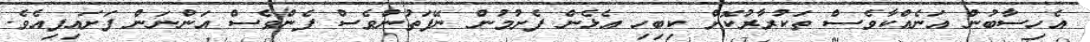
އެހިސާބުން އަނެއްކާވެސް ތަކުރާރުކޮށް ކިބިހި އެޅެން ފެށުމުން ނޭފަތުންވެސް ފެންވެސް އަންނަން ފަށައިފިއެވެ.